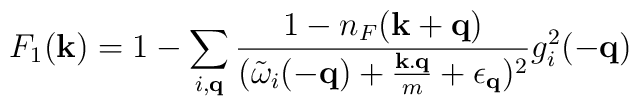
F_{1}({\bf{k}}) = 1 - \sum_{ i, {\bf{q}} }\frac{ 1 - n_{F}({\bf{k}} + {\bf{q}}) }{({\tilde{\omega}}_{i}(-{\bf{q}}) + \frac{ {\bf{k.q}} }{m} + \epsilon_{ {\bf{q}} })^{2} }g^{2}_{i}(-{\bf{q}})